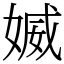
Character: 媙